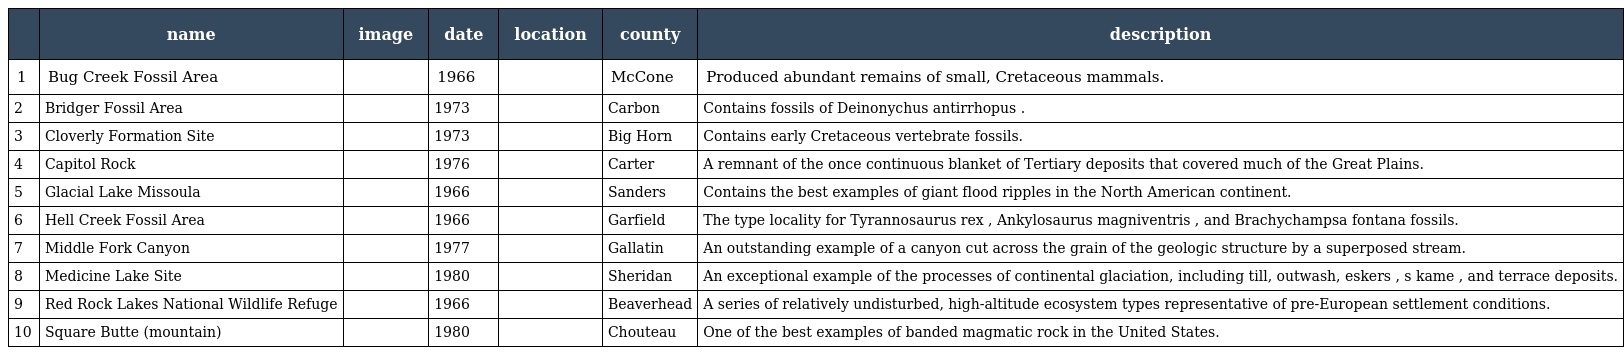
|  | name | image | date | location | county | description |
 | --- | --- | --- | --- | --- | --- | --- |
 | 1 | Bug Creek Fossil Area |  | 1966 |  | McCone | Produced abundant remains of small, Cretaceous mammals. |
 | 2 | Bridger Fossil Area |  | 1973 |  | Carbon | Contains fossils of Deinonychus antirrhopus . |
 | 3 | Cloverly Formation Site |  | 1973 |  | Big Horn | Contains early Cretaceous vertebrate fossils. |
 | 4 | Capitol Rock |  | 1976 |  | Carter | A remnant of the once continuous blanket of Tertiary deposits that covered much of the Great Plains. |
 | 5 | Glacial Lake Missoula |  | 1966 |  | Sanders | Contains the best examples of giant flood ripples in the North American continent. |
 | 6 | Hell Creek Fossil Area |  | 1966 |  | Garfield | The type locality for Tyrannosaurus rex , Ankylosaurus magniventris , and Brachychampsa fontana fossils. |
 | 7 | Middle Fork Canyon |  | 1977 |  | Gallatin | An outstanding example of a canyon cut across the grain of the geologic structure by a superposed stream. |
 | 8 | Medicine Lake Site |  | 1980 |  | Sheridan | An exceptional example of the processes of continental glaciation, including till, outwash, eskers , s kame , and terrace deposits. |
 | 9 | Red Rock Lakes National Wildlife Refuge |  | 1966 |  | Beaverhead | A series of relatively undisturbed, high-altitude ecosystem types representative of pre-European settlement conditions. |
 | 10 | Square Butte (mountain) |  | 1980 |  | Chouteau | One of the best examples of banded magmatic rock in the United States. |